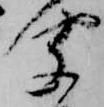
聞